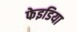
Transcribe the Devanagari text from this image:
फेइडिया